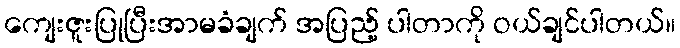
ကျေးဇူးပြုပြီးအာမခံချက် အပြည့် ပါတာကို ဝယ်ချင်ပါတယ်။